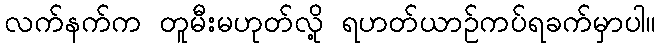
လက်နက်က တူမီးမဟုတ်လို့ ရဟတ်ယာဉ်ကပ်ရခက်မှာပါ။